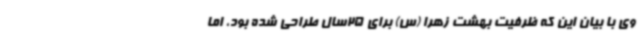
وی با بیان این که ظرفیت بهشت زهرا (س) برای 25سال طراحی شده بود، اما